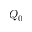
Q _ { 0 }